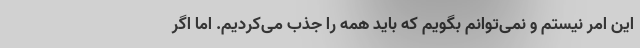
این امر نیستم و نمی‌توانم بگویم که باید همه را جذب می‌کردیم. اما اگر